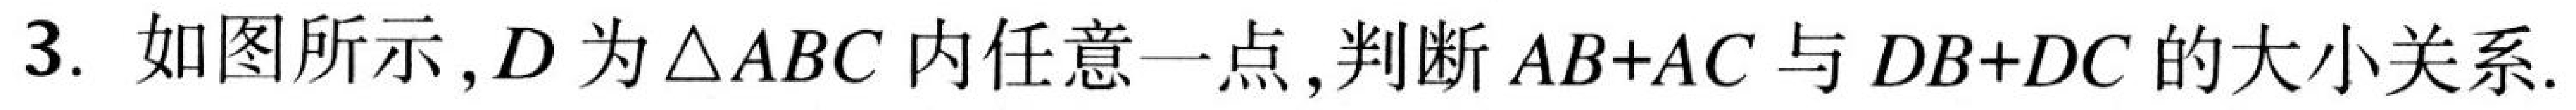
3. 如图所示，\(D\) 为 \(\triangle ABC\) 内任意一点，判断 \(AB + AC\) 与 \(DB + DC\) 的大小关系.